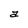
Character: a